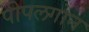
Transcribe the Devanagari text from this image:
पीपलगोन